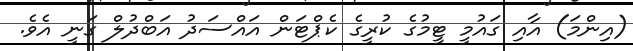
(އިންމަ) އާއި ގައުމީ ޓީމުގެ ކުރީގެ ކެޕްޓަން އައްސަދު އަބްދުލް ގަނީ އެވެ.